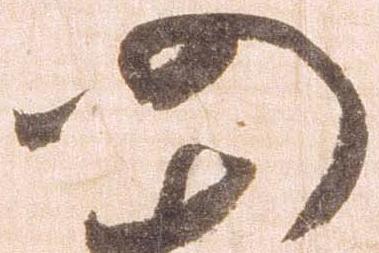
仍